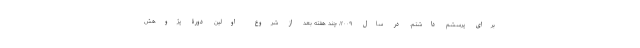
برای پرسشم داشتم. در سال ۲۰۰۹، چند هفته بعد از شروع اولین دورۀ پژوهش